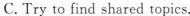
C. Try to find shared topics.